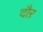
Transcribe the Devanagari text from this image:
दौऱ